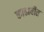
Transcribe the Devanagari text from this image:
काढावीत